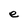
Character: e